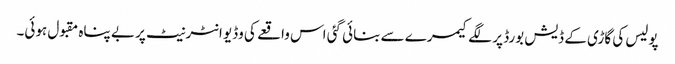
پولیس کی گاڑی کے ڈیش بورڈ پر لگے کیمرے سے بنائی گئی اس واقعے کی وڈیو انٹرنیٹ پر بے پناہ مقبول ہوئی۔